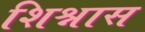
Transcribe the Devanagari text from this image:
शिश्नास